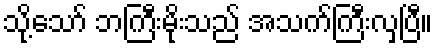
သို့သော် ဘကြီးမိုးသည် အသက်ကြီးလှပြီ။